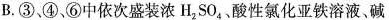
B.③，④、⑥中依次盛装浓H_{2}S0_{4}，酸性氯化亚铁溶液、碱